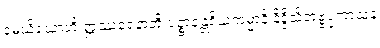
မေဃိယောတိ ဣဿရေနာတိ ပဉ္စာနန္တရိယကမ္မာနိ နိဒ္ဒိသိတဗ္ဗပ္ပကာသနံ